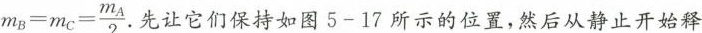
$$m _ { B } = m _ { C } = \frac { m _ { A } } { 2 }$$. 先让它们保持如图5-17所示的位置，然后从静止开始释